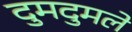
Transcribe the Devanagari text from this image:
दुमदुमले